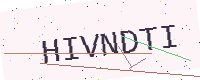
Text: HIVNDTI